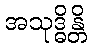
အသုဒ္ဓိန္တိ